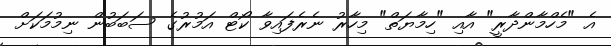
އެ "މެހްމާންދާރީ" އާއި "ހިމާޔަތް" މިހާރު ނެރެފައިވާ ކޯޓް އަމުރުގެ ސަބަބުން ނިމުމަކަށް